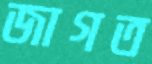
জাগত